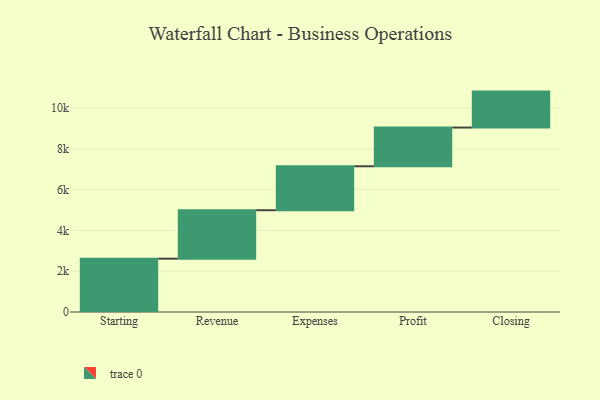
{"axis": {"x": "Step", "y": "Value"}, "legend": [""], "data": [{"x": "Starting", "y": 2615.0, "type": ""}, {"x": "Revenue", "y": 2375.0, "type": ""}, {"x": "Expenses", "y": 2155.0, "type": ""}, {"x": "Profit", "y": 1899.0, "type": ""}, {"x": "Closing", "y": 1762.0, "type": ""}]}